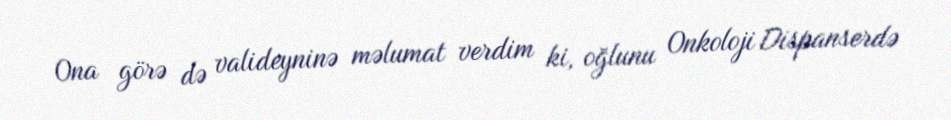
Ona görə də valideyninə məlumat verdim ki, oğlunu Onkoloji Dispanserdə